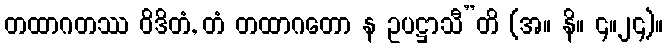
တထာဂတဿ ဝိဒိတံ, တံ တထာဂတော န ဥပဋ္ဌာသီ”တိ (အ။ နိ။ ၄။၂၄)။